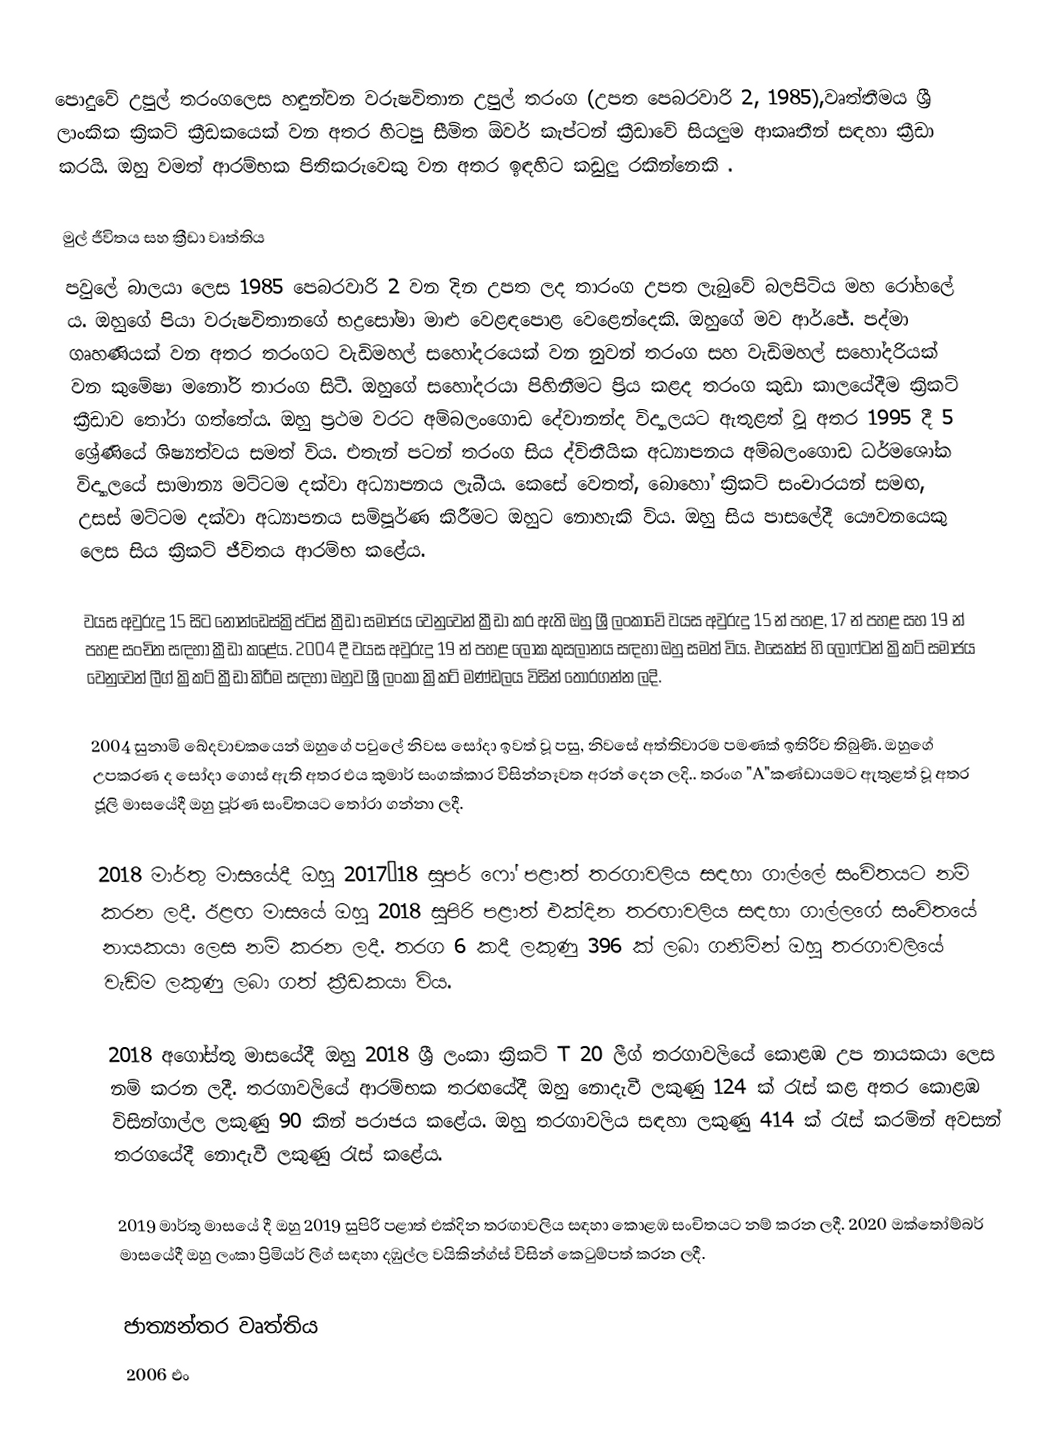
පොදුවේ උපුල් තරංගලෙස හඳුන්වන  වරුෂවිතාන  උපුල් තරංග (උපත පෙබරවාරි 2, 1985),වෘත්තීමය ශ්‍රී ලාංකික ක්‍රිකට් ක්‍රීඩකයෙක් වන අතර හිටපු සීමිත ඕවර් කැප්ටන්  ක්‍රීඩාවේ සියලුම ආකෘතීන් සඳහා ක්‍රීඩා කරයි. ඔහු වමත් ආරම්භක පිතිකරුවෙකු වන අතර ඉඳහිට කඩුලු රකින්නෙකි .

මුල් ජීවිතය සහ ක්‍රීඩා වෘත්තිය
පවුලේ බාලයා ලෙස 1985 පෙබරවාරි 2 වන දින උපත ලද තාරංග උපත ලැබුවේ බලපිටිය මහ රෝහලේ ය. ඔහුගේ පියා වරුෂවිතානගේ භද්‍රසෝමා මාළු වෙළඳපොළ වෙළෙන්දෙකි. ඔහුගේ මව ආර්.ජේ. පද්මා ගෘහණියක් වන අතර තරංගට වැඩිමහල් සහෝදරයෙක් වන නුවන් තරංග සහ වැඩිමහල් සහෝදරියක් වන කුමේෂා මනෝරි තාරංග සිටී. ඔහුගේ සහෝදරයා පිහිනීමට ප්‍රිය කළද තරංග කුඩා කාලයේදීම ක්‍රිකට් ක්‍රීඩාව තෝරා ගත්තේය. ඔහු ප්‍රථම වරට අම්බලංගොඩ දේවානන්ද විද්‍යාලයට ඇතුළත් වූ අතර 1995 දී 5 ශ්‍රේණියේ ශිෂ්‍යත්වය සමත් විය. එතැන් පටන් තරංග සිය ද්විතීයික අධ්‍යාපනය අම්බලංගොඩ ධර්මශෝක විද්‍යාලයේ සාමාන්‍ය මට්ටම දක්වා අධ්‍යාපනය ලැබීය. කෙසේ වෙතත්, බොහෝ ක්‍රිකට් සංචාරයන් සමඟ, උසස් මට්ටම දක්වා අධ්‍යාපනය සම්පූර්ණ කිරීමට ඔහුට නොහැකි විය. ඔහු සිය පාසලේදී යෞවනයෙකු ලෙස සිය ක්‍රිකට් ජීවිතය ආරම්භ කළේය.

වයස අවුරුදු 15 සිට නොන්ඩෙස්ක්‍රිප්ට්ස්  ක්‍රීඩා සමාජය වෙනුවෙන් ක්‍රීඩා කර ඇති ඔහු ශ්‍රී ලංකාවේ වයස අවුරුදු 15 න් පහළ, 17 න් පහළ සහ 19 න් පහළ සංචිත සඳහා ක්‍රීඩා කළේය. 2004 දී වයස අවුරුදු 19 න් පහළ ලෝක කුසලානය සඳහා ඔහු සමත් විය. එසෙක්ස් හි ලොෆ්ටන් ක්‍රිකට් සමාජය වෙනුවෙන් ලීග් ක්‍රිකට් ක්‍රීඩා කිරීම සඳහා ඔහුව ශ්‍රී ලංකා ක්‍රිකට් මණ්ඩලය විසින් තෝරගන්න ලදි.

2004 සුනාමි ඛේදවාචකයෙන් ඔහුගේ පවුලේ නිවස සෝදා ඉවත් වූ පසු, නිවසේ අත්තිවාරම පමණක් ඉතිරිව තිබුණි. ඔහුගේ උපකරණ ද සෝදා ගොස් ඇති අතර එය කුමාර් සංගක්කාර විසින්නෑවත අරන් දෙන ලදි.. තරංග "A"කණ්ඩායමට ඇතුළත් වූ අතර ජූලි මාසයේදී ඔහු පූර්ණ සංචිතයට තෝරා ගන්නා ලදී.

2018 මාර්තු මාසයේදී ඔහු 2017–18 සුපර් ෆෝ පළාත් තරගාවලිය සඳහා ගාල්ලේ සංචිතයට නම් කරන ලදී.   ඊළඟ මාසයේ ඔහු 2018 සුපිරි පළාත් එක්දින තරඟාවලිය සඳහා ගාල්ලගේ සංචිතයේ නායකයා ලෙස නම් කරන ලදී.  තරග 6 කදී ලකුණු 396 ක් ලබා ගනිමින් ඔහු තරගාවලියේ වැඩිම ලකුණු ලබා ගත් ක්‍රීඩකයා විය.

2018 අගෝස්තු මාසයේදී ඔහු 2018 ශ්‍රී ලංකා ක්‍රිකට් T 20 ලීග් තරගාවලියේ කොළඹ උප නායකයා ලෙස නම් කරන ලදී.  තරගාවලියේ ආරම්භක තරඟයේදී ඔහු නොදැවී ලකුණු 124 ක් රැස් කළ අතර කොළඹ විසින්ගාල්ල ලකුණු 90 කින් පරාජය කළේය.  ඔහු තරගාවලිය සඳහා ලකුණු 414 ක් රැස් කරමින් අවසන් තරගයේදී නොදැවී ලකුණු රැස් කළේය.

2019 මාර්තු මාසයේ දී ඔහු 2019 සුපිරි පළාත් එක්දින තරඟාවලිය සඳහා කොළඹ සංචිතයට නම් කරන ලදී.  2020 ඔක්තෝම්බර් මාසයේදී ඔහු ලංකා ප්‍රිමියර් ලීග්  සඳහා දඹුල්ල වයිකින්ග්ස් විසින් කෙටුම්පත් කරන ලදී.

ජාත්‍යන්තර වෘත්තිය
2006 එං